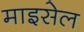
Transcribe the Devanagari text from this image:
माइसेल